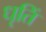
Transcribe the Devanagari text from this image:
धृतिं